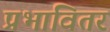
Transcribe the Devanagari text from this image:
प्रभावितर